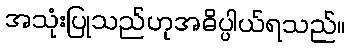
အသုံးပြုသည်ဟုအဓိပ္ပါယ်ရသည်။